Indian journal of veterinary science and animal husbandry - Volume 13,
Year: 1943
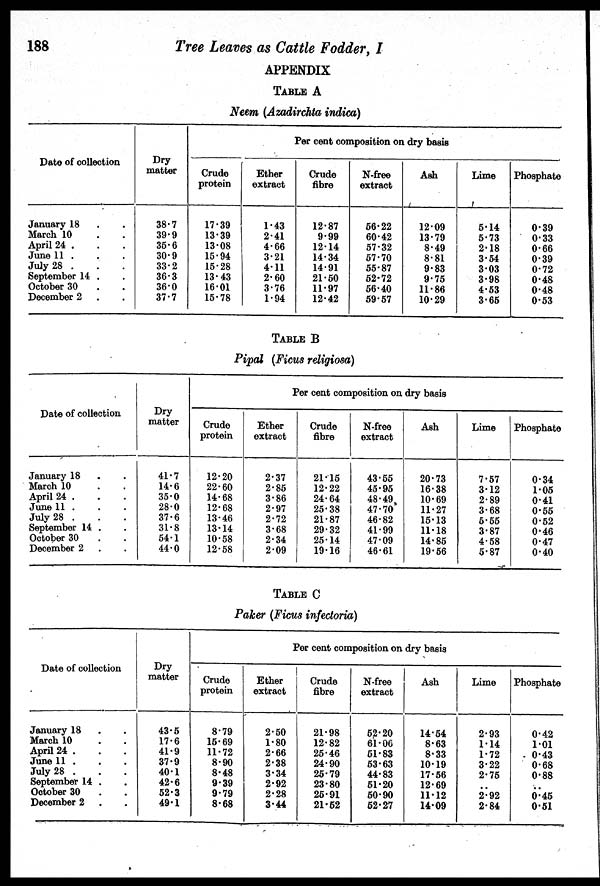
188
Tree Leaves as Cattle Fodder, I
APPENDIX
TABLE A
Neem (Azadirchta indica)
Date of collection
January 18 . .
March 10 . .
April 24 . . .
June 11 . . .
July 28 . . .
September 14 . .
October 30 . .
December 2 . .
Dry
matter
38.7
39.9
35.6
30.9
33.2
36.3
36.0
37.7
Crude
protein
17.39
13.39
13.08
15.94
15.28
13.43
16.01
15.78
Per cent composition on dry basis
Ether
extract
1.43
2.41
4.66
3.21
4.11
2.60
3.76
1.94
Crude
fibre
12.87
9.99
12.14
14.34
14.91
21.50
11.97
12.42
N-free
extract
56.22
60.42
57.32
57.70
55.87
52.72
56.40
59.57
Ash
12.09
13.79
8.49
8.81
9.83
9.75
11.86
10.29
Lime
5.14
5.73
2.18
3.54
3.03
3.98
4.53
3.65
Phosphate
0.39
0.33
0.66
0.39
0.72
0.48
0.48
0.53
TABLE B
Pipal (Ficus religiosa)
Date of collection
January 18 . .
March 10 . .
April 24 . . .
June 11 . . .
July 28 . . .
September 14 . .
October 30 . .
December 2 . .
Dry
matter
41.7
14.6
35.0
28.0
37.6
31.8
54.1
44.0
Crude
protein
12.20
22.60
14.68
12.68
13.46
13.14
10.58
12.58
Per cent composition on dry basis
Ether
extract
2.37
2.85
3.86
2.97
2.72
3.68
2.34
2.09
Crude
fibre
21.15
12.22
24.64
25.38
21.87
29.32
25.14
19.16
N-free
extract
43.55
45.95
48.49
47.70
46.82
41.99
47.09
46.61
Ash
20.73
16.38
10.69
11.27
15.13
11.18
14.85
19.56
Lime
7.57
3.12
2.89
3.68
5.55
3.87
4.58
5.87
Phosphate
0.34
1.05
0.41
0.55
0.52
0.46
0.47
0.40
TABLE C
Paker (Ficus infectoria)
Date of collection
January 18 . .
March 10 . .
April 24 . . .
June 11 . . .
July 28 . . .
September 14 . .
October 30 . .
December 2 . .
Dry
matter
43.5
17.6
41.9
37.9
40.1
42.6
52.3
49.1
Crude
protein
8.79
15.69
11.72
8.90
8.48
9.39
9.79
8.68
Per cent composition on dry basis
Ether
extract
2.50
1.80
2.66
2.38
3.34
2.92
2.28
3.44
Crude
fibre
21.98
12.82
25.46
24.90
25.79
23.80
25.91
21.52
N-free
extract
52.20
61.06
51.83
53.63
44.83
51.20
50.90
52.27
Ash
14.54
8.63
8.33
10.19
17.56
12.69
11.12
14.09
Lime
2.93
1.14
1.72
3.22
2.75
..
2.92
2.84
Phosphate
0.42
1.01
0.43
0.68
0.88
..
0.45
0.51